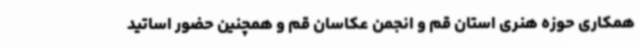
همکاری حوزه هنری استان قم و انجمن عکاسان قم و همچنین حضور اساتید